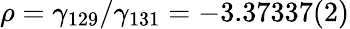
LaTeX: \rho=\gamma_{129}/\gamma_{131}=-3.37337(2)